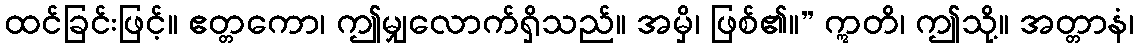
ထင်ခြင်းဖြင့်။ ဧတ္တကော၊ ဤမျှလောက်ရှိသည်။ အမှိ၊ ဖြစ်၏။” ဣတိ၊ ဤသို့။ အတ္တာနံ၊